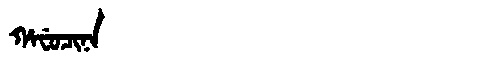
Manchu: ᡥᠠᠸᡠᠴᡳᠨᠠ
Romanization: HAFUCINA